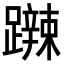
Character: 𨆹